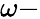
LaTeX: \omega-